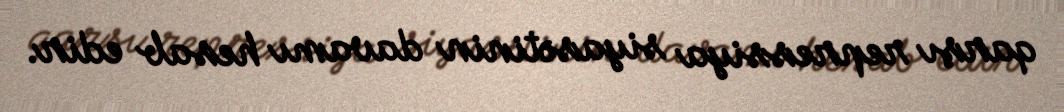
qarşı repressiya siyasətinin davamı hesab edir.